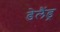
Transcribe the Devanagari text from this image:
डेलैंड्र